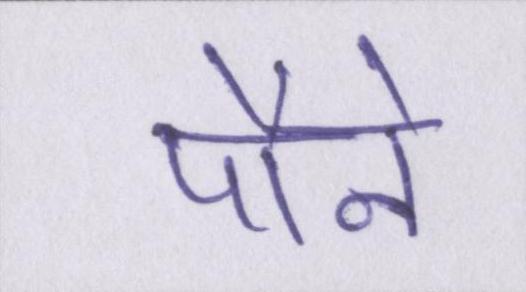
पौने